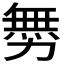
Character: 𠢬